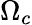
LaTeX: \Omega_{c}